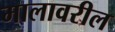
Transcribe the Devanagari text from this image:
मालावरील